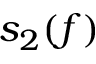
s _ { 2 } ( f )